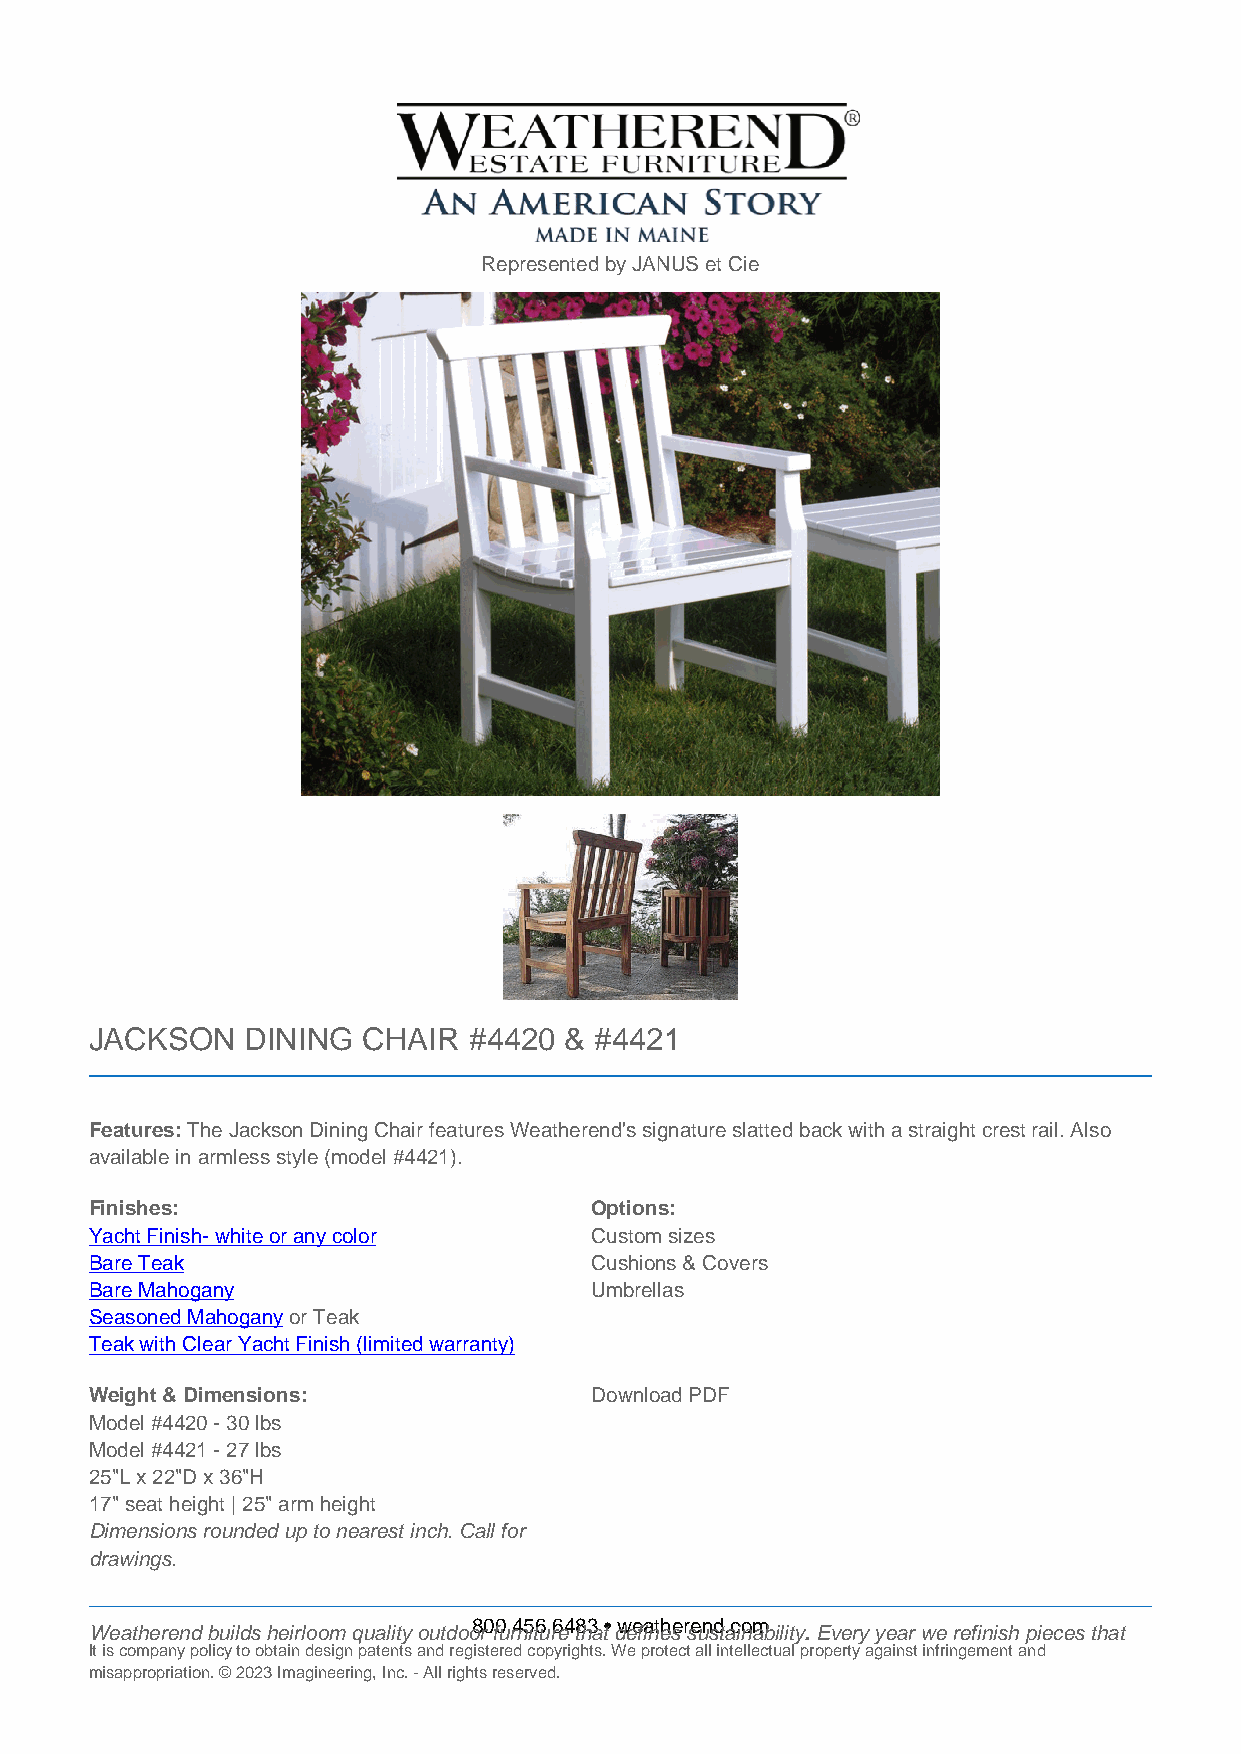
Represented by JANUS et Cie
 JACKSON   DINING  CHAIR  #4420 & #4421
 Features: The Jackson Dining Chair features Weatherend's signature slatted back with a straight crest rail. Also
 available in armless style (model #4421).
 Finishes:                        Options:
 Yacht Finish- white or any color Custom sizes
 Bare Teak                        Cushions & Covers
 Bare Mahogany                    Umbrellas
 Seasoned Mahogany or Teak
 Teak with Clear Yacht Finish (limited warranty)
 Weight & Dimensions:             Download PDF
 Model #4420 - 30 lbs
 Model #4421 - 27 lbs
 25"L x 22"D x 36"H
 17" seat height | 25" arm height
 Dimensions rounded up to nearest inch. Call for
 drawings.
 800.456.6483 • weatherend.com
 Weatherend builds heirloom quality outdoor furniture that defines sustainability. Every year we refinish pieces that
 It is company policy to obtain design patents and registered copyrights. We protect all intellectual property against infringement and
 misappropriation. © 2023 Imagineering, Inc. - All rights reserved.